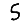
Digit: 5